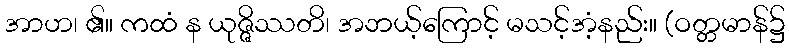
အာဟ၊ ၏။ ကထံ န ယုဇ္ဇိဿတိ၊ အဘယ့်ကြောင့် မသင့်အံ့နည်း။ (ဝတ္တမာန်၌